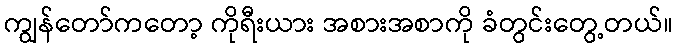
ကျွန်တော်ကတော့ ကိုရီးယား အစားအစာကို ခံတွင်းတွေ့တယ်။